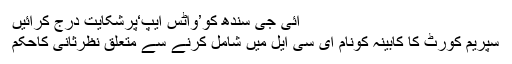
آئی جی سندھ کو’واٹس ایپ‘پرشکایت درج کرائیں
سپریم کورٹ کا کابینہ کونام ای سی ایل میں شامل کرنے سے متعلق نظرثانی کاحکم